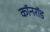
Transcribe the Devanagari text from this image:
कॉनरॉड